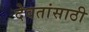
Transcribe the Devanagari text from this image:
देवतांसाठी